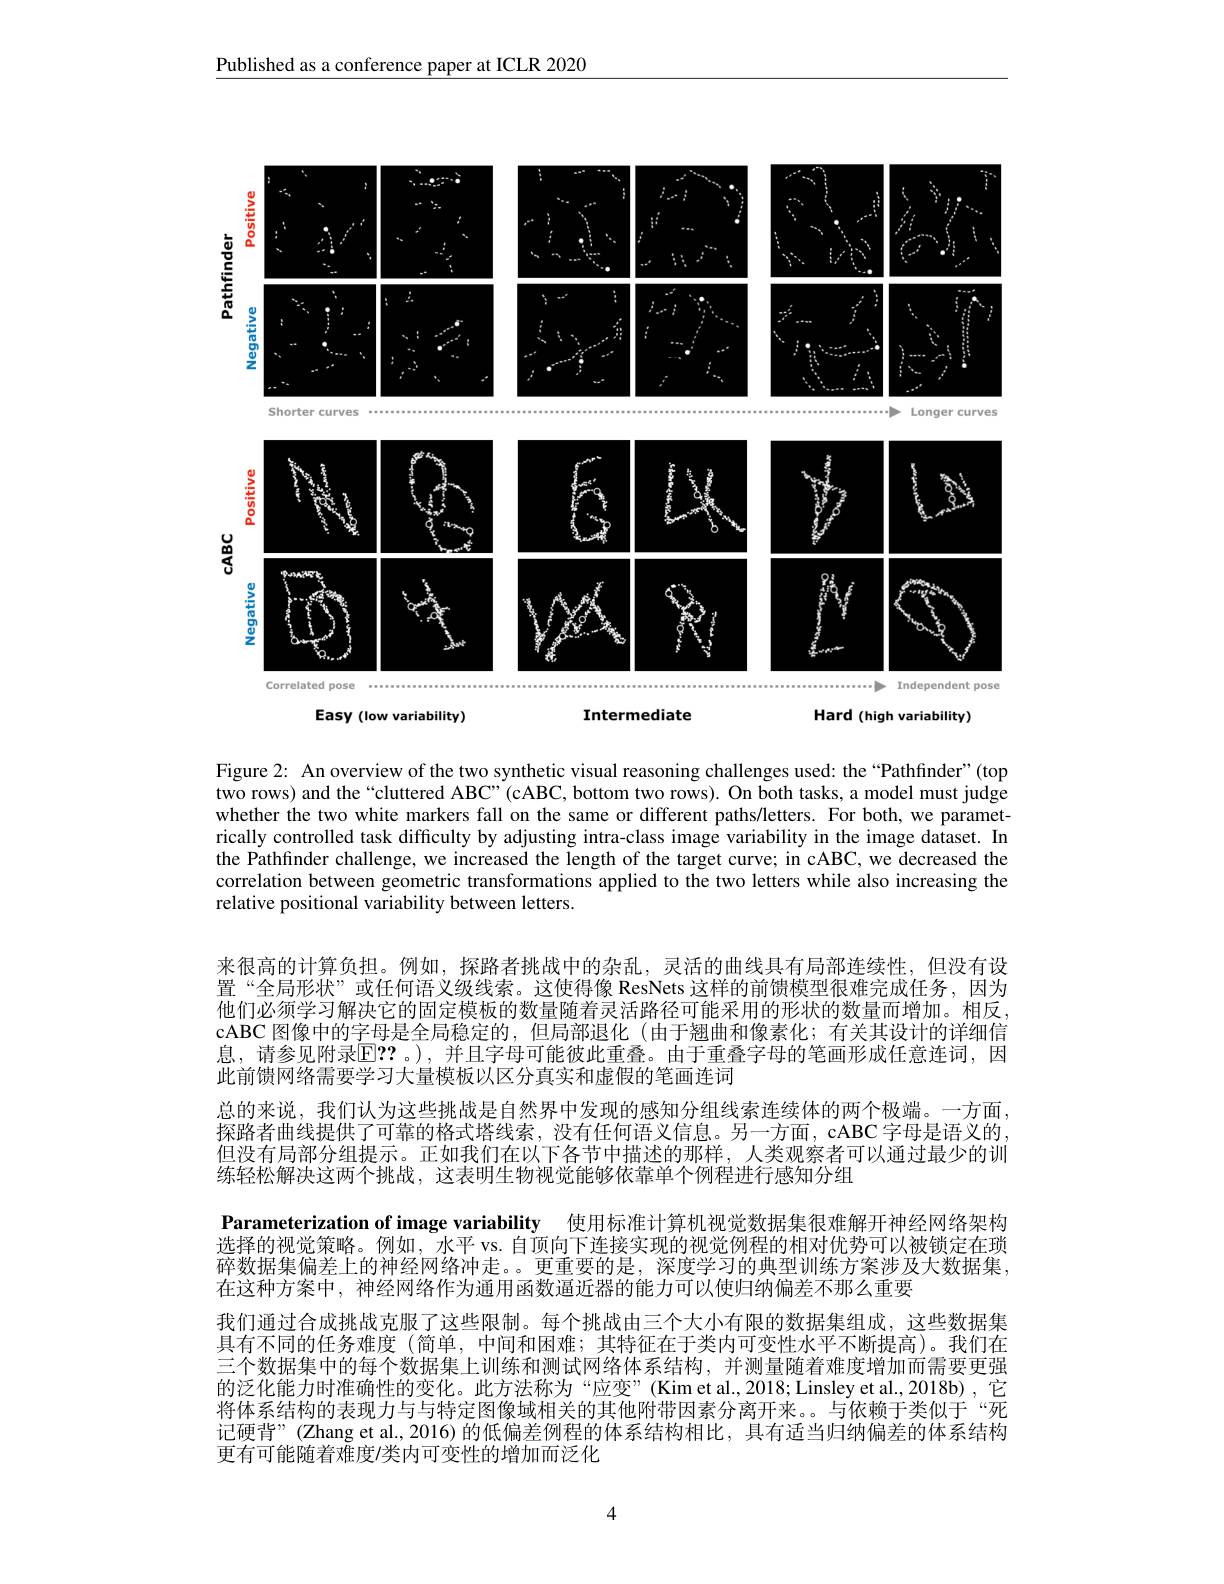
Published as a conference paper at ICLR 2020

<FigureHere>

Intermediate

Easy (low variability)

Hard (high variability)

Figure 2: An overview of the two synthetic visual reasoning challenges used: the“Pathfinder”(top two rows) and the “cluttered ABC”(cABC, bottom two rows). On both tasks, a model must judge whether the two white markers fall on the same or different paths/letters. For both, we parametrically controlled task difficulty by adjusting intra-class image variability in the image dataset. In the Pathfinder challenge, we increased the length of the target curve; in cABC, we decreased the correlation between geometric transformations applied to the two letters while also increasing the relative positional variability between letters.

来很高的计算负担。例如，探路者挑战中的杂乱，灵活的曲线具有局部连续性，但没有设置“全局形状”或任何语义级线索。这使得像 ResNets 这样的前馈模型很难完成任务，因为他们必须学习解决它的固定模板的数量随着灵活路径可能采用的形状的数量而增加。相反， cABC 图像中的字母是全局稳定的，但局部退化 (由于翘曲和像素化；有关其设计的详细信息，请参见附录$\mathbb{E}??$。),并且字母可能彼此重叠。由于重叠字母的笔画形成任意连词，因此前馈网络需要学习大量模板以区分真实和虚假的笔画连词
总的来说，我们认为这些挑战是自然界中发现的感知分组线索连续体的两个极端。一方面， 探路者曲线提供了可靠的格式塔线索，没有任何语义信息。另一方面，cABC字母是语义的， 但没有局部分组提示。正如我们在以下各节中描述的那样，人类观察者可以通过最少的训练轻松解决这两个挑战，这表明生物视觉能够依靠单个例程进行感知分组
Parameterization of image variability 使用标准计算机视觉数据集很难解开神经网络架构选择的视觉策略。例如，水平 vs. 自顶向下连接实现的视觉例程的相对优势可以被锁定在琐碎数据集偏差上的神经网络冲走。。更重要的是，深度学习的典型训练方案涉及大数据集， 在这种方案中，神经网络作为通用函数逼近器的能力可以使归纳偏差不那么重要
我们通过合成挑战克服了这些限制。每个挑战由三个大小有限的数据集组成，这些数据集具有不同的任务难度 (简单，中间和困难；其特征在于类内可变性水平不断提高)。我们在三个数据集中的每个数据集上训练和测试网络体系结构，并测量随着难度增加而需要更强的泛化能力时准确性的变化。此方法称为“应变”(Kimet al.,2018; Linsley et al.,2018b),它将体系结构的表现力与与特定图像域相关的其他附带因素分离开来。与依赖于类似于“死记硬背”(Zhang et al., 2016) 的低偏差例程的体系结构相比，具有适当归纳偏差的体系结构更有可能随着难度/类内可变性的增加而泛化

4